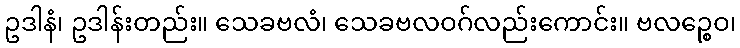
ဥဒါနံ၊ ဥဒါန်းတည်း။ သေခဗလံ၊ သေခဗလဝဂ်လည်းကောင်း။ ဗလဉ္စေဝ၊